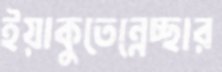
ইয়াকুতেন্নেচ্ছার